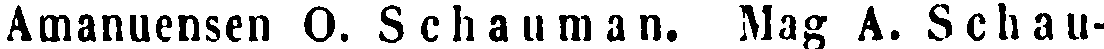
Amanuensen O. Schauman. Mag A. Schau-